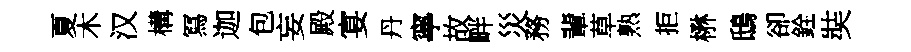
夏木汉構冩迦包妄殿宴丹寧故畔災務輩草熟拒楙鴟卻銓奘